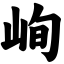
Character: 峋